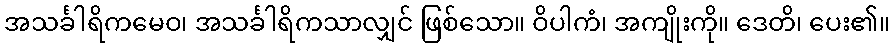
အသင်္ခါရိကမေဝ၊ အသင်္ခါရိကသာလျှင် ဖြစ်သော။ ဝိပါကံ၊ အကျိုးကို။ ဒေတိ၊ ပေး၏။